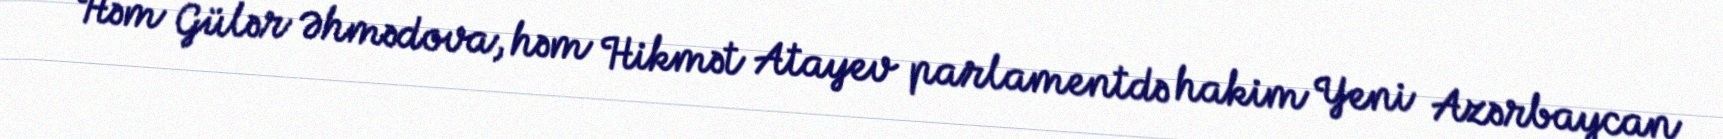
Həm Gülər Əhmədova, həm Hikmət Atayev parlamentdə hakim Yeni Azərbaycan